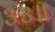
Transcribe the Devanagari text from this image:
३३॥